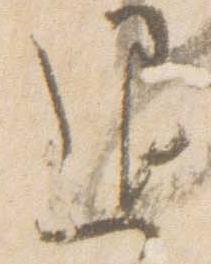
退